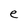
Character: e